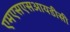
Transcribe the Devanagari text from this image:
एमएसएसआयडीसी